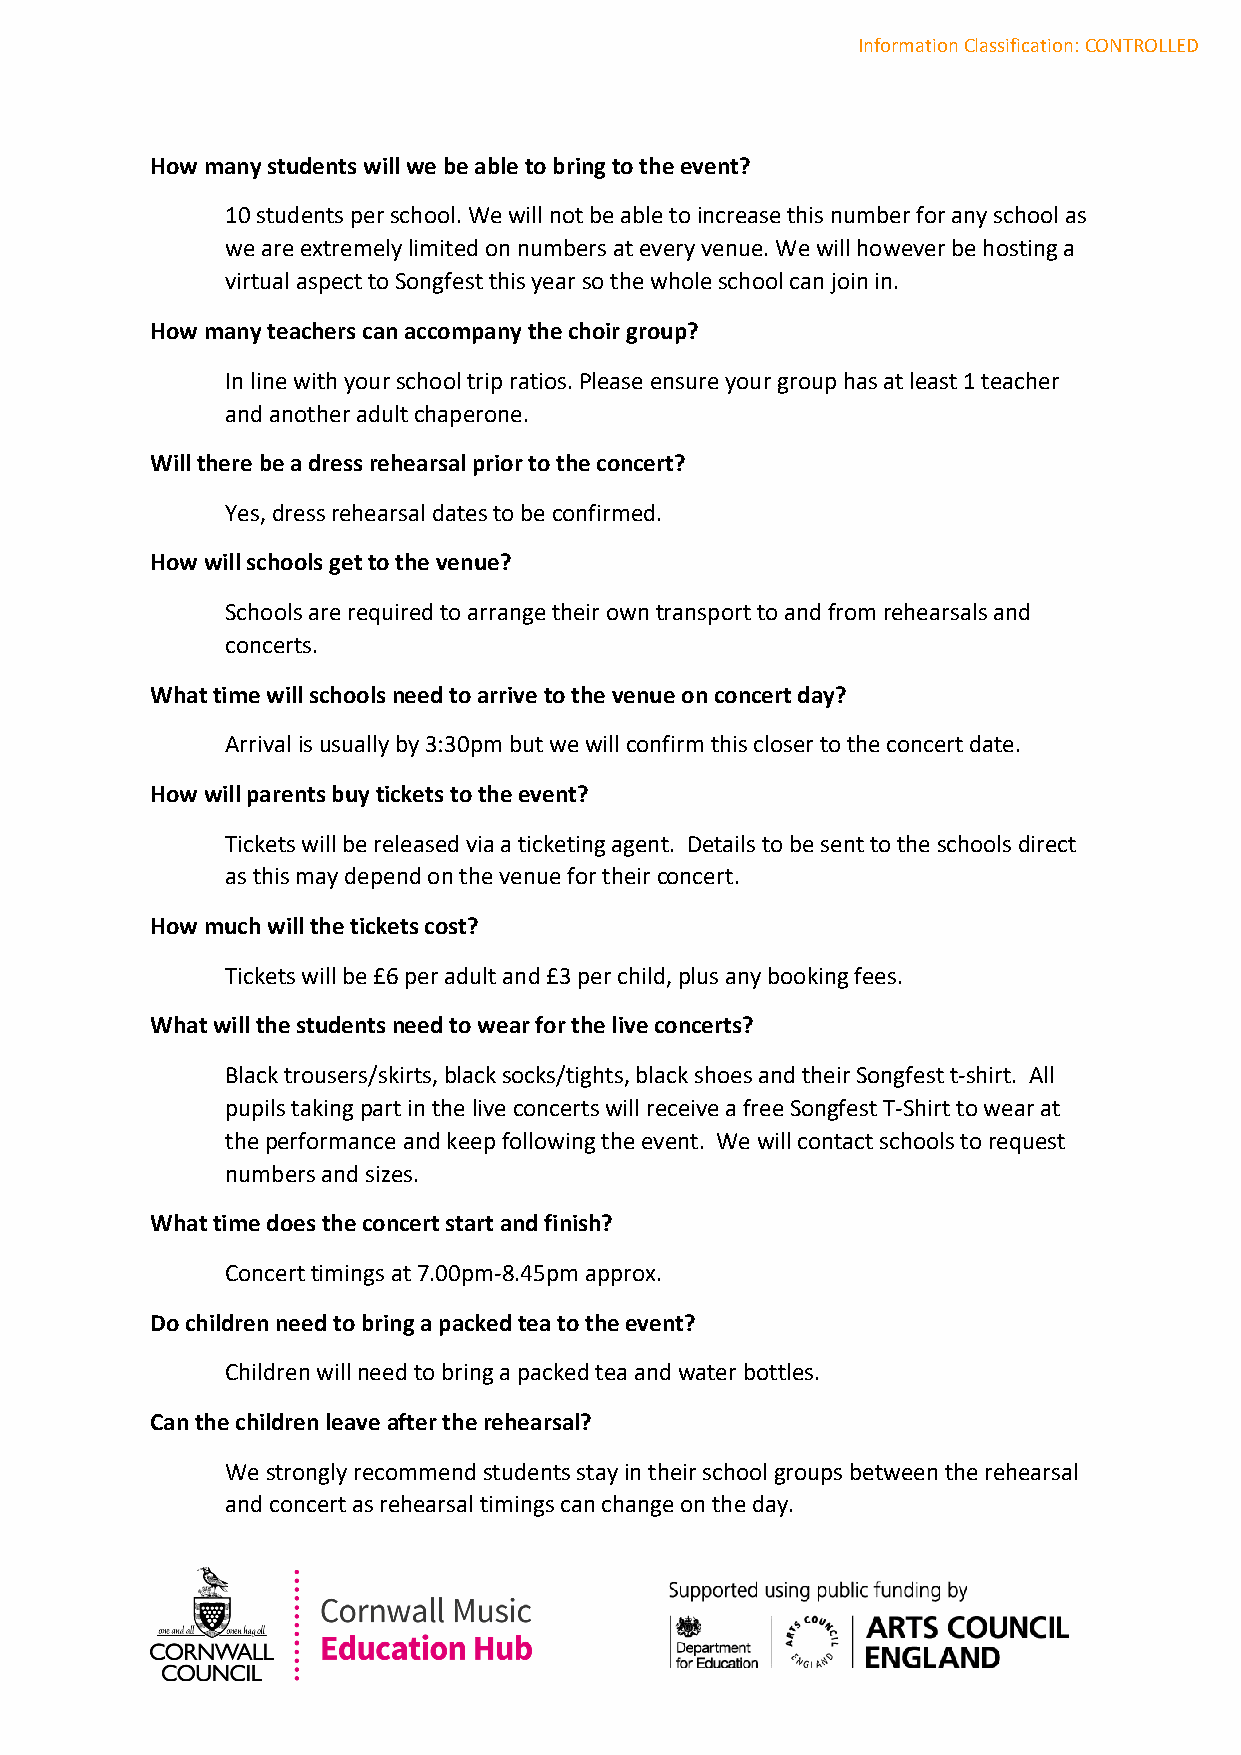
Information Classification: CONTROLLED
 How many students will we be able to bring to the event?
 10 students per school. We will not be able to increase this number for any school as
 we are extremely limited on numbers at every venue. We will however be hosting a
 virtual aspect to Songfest this year so the whole school can join in.
 How many teachers can accompany the choir group?
 In line with your school trip ratios. Please ensure your group has at least 1 teacher
 and another adult chaperone.
 Will there be a dress rehearsal prior to the concert?
 Yes, dress rehearsal dates to be confirmed.
 How will schools get to the venue?
 Schools are required to arrange their own transport to and from rehearsals and
 concerts.
 What time will schools need to arrive to the venue on concert day?
 Arrival is usually by 3:30pm but we will confirm this closer to the concert date.
 How will parents buy tickets to the event?
 Tickets will be released via a ticketing agent. Details to be sent to the schools direct
 as this may depend on the venue for their concert.
 How much will the tickets cost?
 Tickets will be £6 per adult and £3 per child, plus any booking fees.
 What will the students need to wear for the live concerts?
 Black trousers/skirts, black socks/tights, black shoes and their Songfest t‐shirt. All
 pupils taking part in the live concerts will receive a free Songfest T‐Shirt to wear at
 the performance and keep following the event. We will contact schools to request
 numbers and sizes.
 What time does the concert start and finish?
 Concert timings at 7.00pm‐8.45pm approx.
 Do children need to bring a packed tea to the event?
 Children will need to bring a packed tea and water bottles.
 Can the children leave after the rehearsal?
 We strongly recommend students stay in their school groups between the rehearsal
 and concert as rehearsal timings can change on the day.